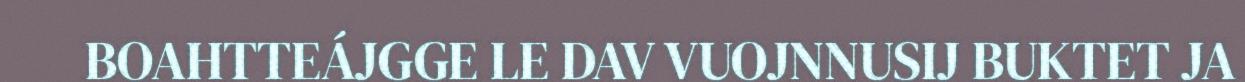
BOAHTTEÁJGGE LE DAV VUOJNNUSIJ BUKTET JA